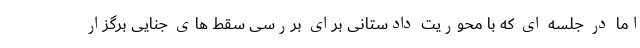
اما در جلسه ای که با محوریت دادستانی برای بررسی سقط های جنایی برگزار